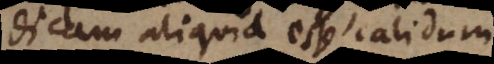
dicam aliquid esse calidum